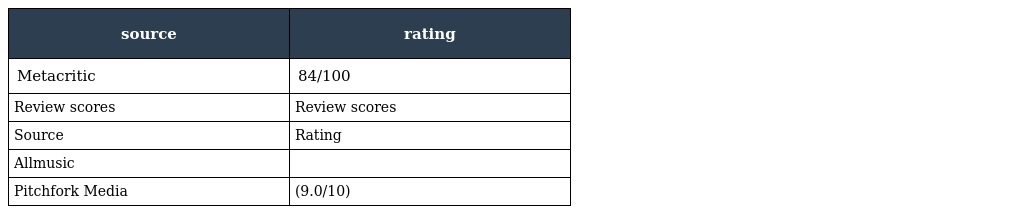
| source | rating |
 | --- | --- |
 | Metacritic | 84/100 |
 | Review scores | Review scores |
 | Source | Rating |
 | Allmusic |  |
 | Pitchfork Media | (9.0/10) |